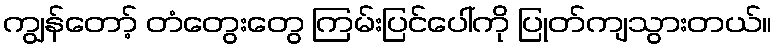
ကျွန်တော့် တံတွေးတွေ ကြမ်းပြင်ပေါ်ကို ပြုတ်ကျသွားတယ်။